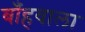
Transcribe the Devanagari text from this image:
बाँहवाला